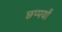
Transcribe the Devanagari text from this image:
छप्पयों